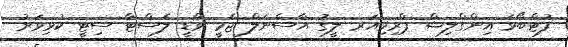
ފުޓްބޯޅަ އިންގްލިޝް ޕްރިމިއަރ ލީގު އާސެނަލް ޖެމީ ވާޑީ ލެސްޓާ ސިޓީ ކުޅިވަރު